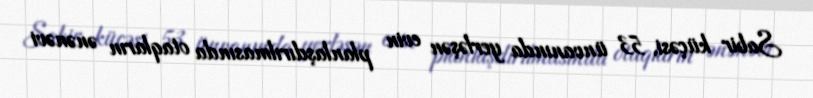
Sabir küçəsi, 53 ünvanında yerləşən evin planlaşdırılmasında otaqların ənənəvi